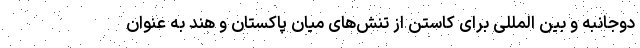
دوجانبه و بین المللی برای کاستن از تنش‌های میان پاکستان و هند به عنوان